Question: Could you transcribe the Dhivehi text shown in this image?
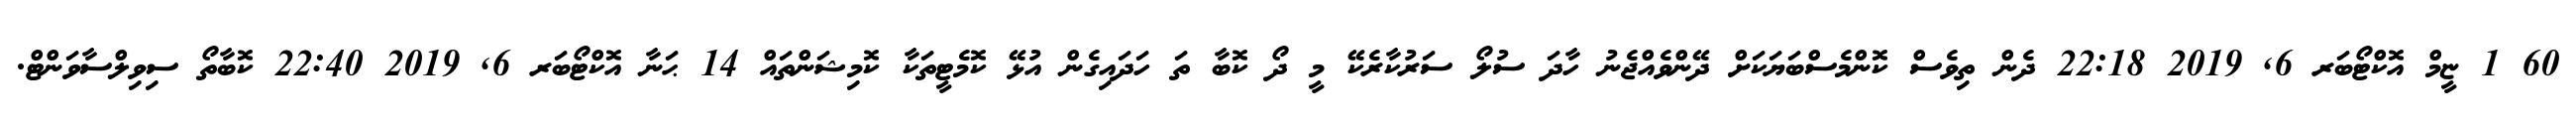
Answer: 60 1 ޏީމް އޮކްޓޯބަރ 6, 2019 22:18 ދެން ތިވެސް ކޮންމެސްބަޔަކަށް ދޭންވެއްޖެނު ހާދަ ސުލޯ ސަރުކާރެކޭ މީ ދޯ ކޮބާ ތަ ހަދައިގެން އުޅޭ ކޮމެޓީތަކާ ކޮމިޝަންތައް 14 ޙަނާ އޮކްޓޯބަރ 6, 2019 22:40 ކޮބާތޯ ސިވިލްސާވަންޓް.